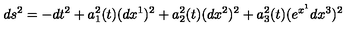
d s ^ { 2 } = - d t ^ { 2 } + a _ { 1 } ^ { 2 } ( t ) ( d x ^ { 1 } ) ^ { 2 } + a _ { 2 } ^ { 2 } ( t ) ( d x ^ { 2 } ) ^ { 2 } + a _ { 3 } ^ { 2 } ( t ) ( e ^ { x ^ { 1 } } d x ^ { 3 } ) ^ { 2 }